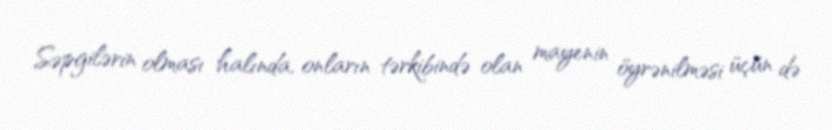
Səpgilərin olması halında, onların tərkibində olan mayenin öyrənilməsi üçün də